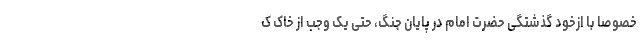
خصوصا با ازخود گذشتگی حضرت امام در پایان جنگ، حتی یک وجب از خاک ک